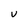
Character: U